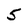
Character: 5